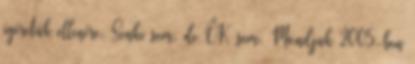
ígéretük ellenére. Senki sem, de ŐK sem. Mondjuk 2005-ben